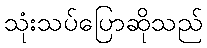
သုံးသပ်ပြောဆိုသည်